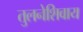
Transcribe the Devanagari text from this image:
तुलनेशिवाय